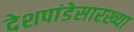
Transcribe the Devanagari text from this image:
देशपांडेसारख्या